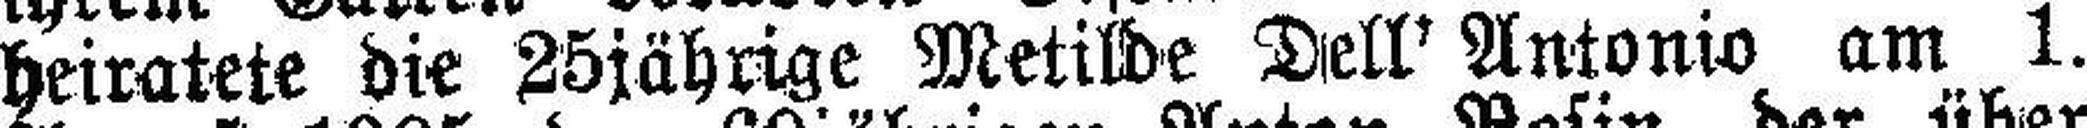
heiratete die 25jährige Metilde Dell Antonio am 1.